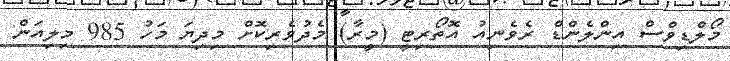
މޯލްޑިވްސް އިންލެންޑް ރެވެނިއު އޮތޯރިޓީ (މީރާ) މެދުވެރިކޮށް މިދިޔަ މަހު 985 މިލިއަން